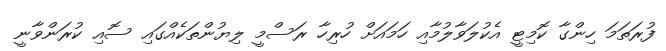
ފުރަތަމަ ހިންގާ ކޮމިޓީ އެކުލަވާލުމާއި ހަމައަށް ހުރިހާ ރަސްމީ ލިޔުންތަކެއްގައި ސޮއި ކުރަންވާނީ